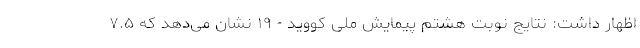
اظهار داشت: نتایج نوبت هشتم پیمایش ملی کووید - ١٩ نشان می‌دهد که ۷.۵